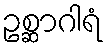
ဥစ္ဆာဂါရံ